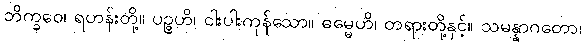
ဘိက္ခဝေ၊ ရဟန်းတို့။ ပဉ္စဟိ၊ ငါးပါးကုန်သော။ ဓမ္မေဟိ၊ တရားတို့နှင့်။ သမန္နာဂတော၊